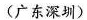
(广东深圳)